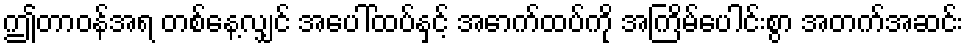
ဤတာဝန်အရ တစ်နေ့လျှင် အပေါ်ထပ်နှင့် အောက်ထပ်ကို အကြိမ်ပေါင်းစွာ အတက်အဆင်း